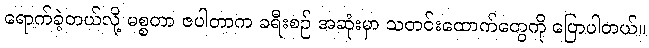
ရောက်ခဲ့တယ်လို့ မစ္စတာ ဇပါတာက ခရီးစဉ် အဆုံးမှာ သတင်းထောက်တွေကို ပြောပါတယ်။